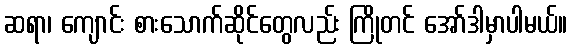
ဆရာ၊ ကျောင်း စားသောက်ဆိုင်တွေလည်း ကြိုတင် အော်ဒါမှာပါမယ်။